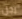
رجل